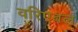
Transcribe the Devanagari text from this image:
वरिएबल